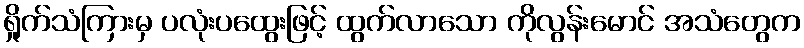
ရှိုက်သံကြားမှ ပလုံးပထွေးဖြင့် ထွက်လာသော ကိုလွန်းမောင် အသံတွေက